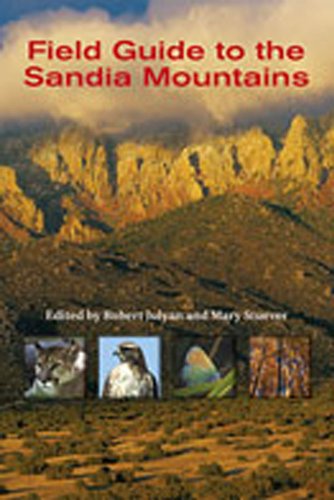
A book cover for Field Guide to the Sandia Mountains; Mary Stuever; Science & Math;